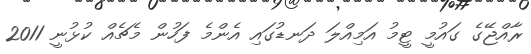
ރާއްޖޭގެ ގައުމީ ޓީމު އަމިއްލަ ދަނޑުގައި އެންމެ ފަހުން މެޗެއް ކުޅުނީ 2011